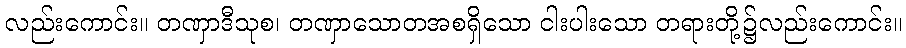
လည်းကောင်း။ တဏှာဒီသုစ၊ တဏှာသောတအစရှိသော ငါးပါးသော တရားတို့၌လည်းကောင်း။